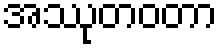
အဿုတဝတာ